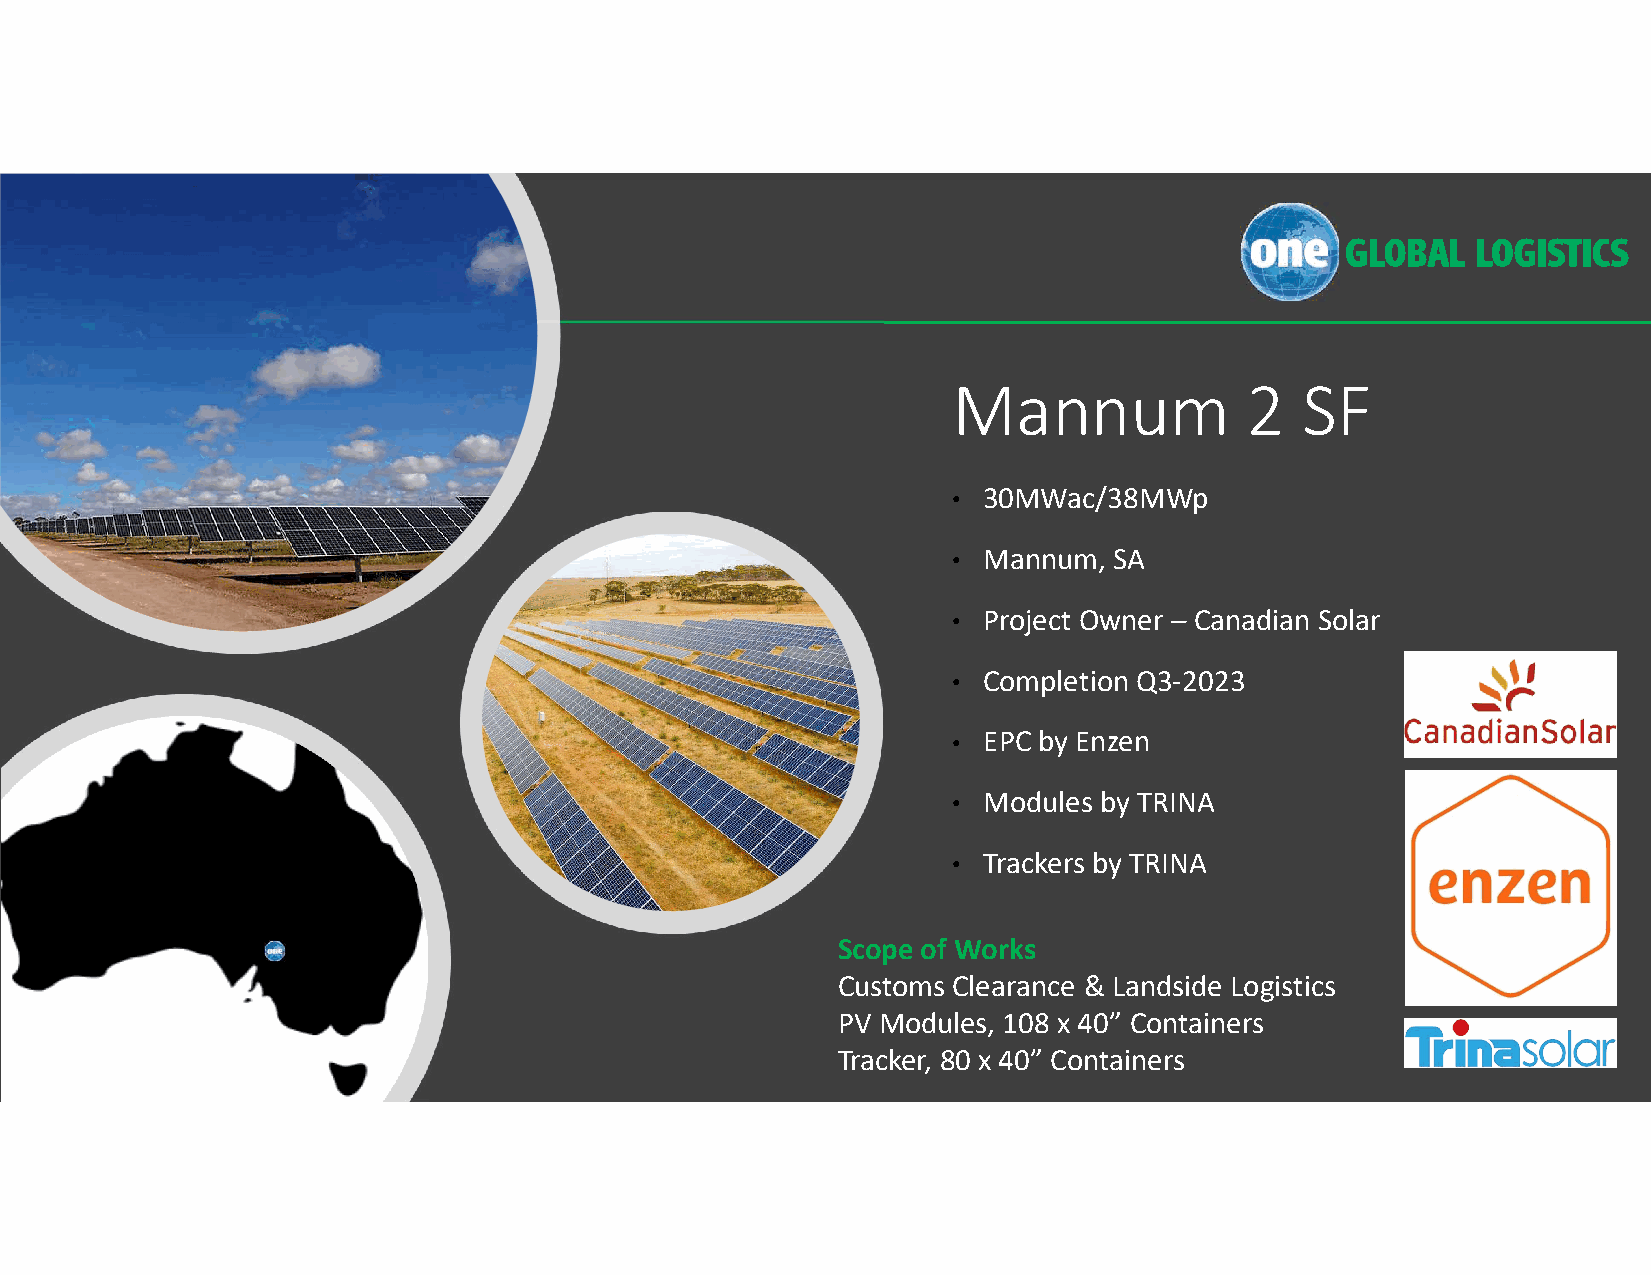
Mannum             2   SF
 • 30MWac/38MWp
 • Mannum,  SA
 • Project Owner – Canadian Solar
 • Completion Q3-2023
 • EPC by Enzen
 • Modules by TRINA
 • Trackers by TRINA
 Scope of Works
 Customs Clearance & Landside Logistics
 PV Modules, 108 x 40” Containers
 Tracker, 80 x 40” Containers